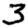
Digit: 3